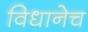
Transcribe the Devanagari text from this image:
विधानेच